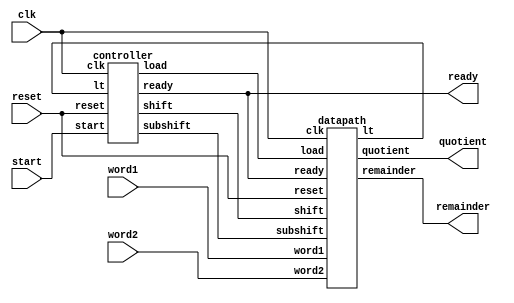
module sdiv(clk, reset, start, word1, word2, quotient, remainder, ready);
	input clk, reset, start;
	input [7:0] word1;
	input [3:0] word2;
	output [3:0] quotient, remainder;
	output ready;
	
	wire  load, shift, subshift, sub, lt;
	
	datapath u1 (clk, reset, load, shift, subshift, ready, word1, word2, quotient,
				remainder, lt); 
	controller u2 (clk, reset, start, lt, load, shift, subshift, ready);
endmodule

module datapath (clk, reset, load, shift, subshift, ready, word1, word2, quotient, 
			     remainder, lt); 
	input clk, reset, load, shift, subshift, ready;
	input [7:0] word1;
	input [3:0] word2;
	output [3:0] quotient, remainder;
	output lt;
	
	reg [7:0] dividend;		// 8-bit
	reg [3:0] divisor;		// 4-bit
	reg sign;				// different sign flag of word1 and word2
	wire [4:0] diff;		// 5-bit
	wire lt;				// less than 
	wire [4:0] edivisor;
	wire [4:0] edividend;
	wire [4:0] diff2;		// 5-bit
		
	assign edivisor = {divisor[3], divisor};	// sign extension of divisor
	assign diff = (dividend[7]^divisor[3]) ? 
					(dividend[7:3] + edivisor) : (dividend[7:3] - edivisor);
	assign lt = (dividend[7]^diff[4]) && (diff != 4'b0); // dividend[7:4] < divisor
	
	assign quotient = sign ? -dividend[3:0] : dividend[3:0];
	assign remainder =  dividend[7:4];
	
  	always @ (posedge clk or posedge reset) begin
		if (reset) begin dividend <= 0; divisor <= 0; end
    	else if (load) begin 
			dividend <= word1;	
			divisor <= word2; 
			sign <= word1[7] ^ word2[3];
		end 
		else if (shift) 	// shift left, quotient=0
			dividend <= {dividend[6:0], 1'b0};		
		else if (subshift) 	// save result & shift left, quotient=1
			dividend <= {diff[3:0], dividend[2:0], 1'b1};	
	end
endmodule

module controller (clk, reset, start, lt, load, shift, subshift, ready);
	input clk, reset, start, lt;
	output load, shift, subshift, ready;
	
	reg overflow;
	reg state;
	reg [1:0] count;
	localparam S0 = 0, S1 = 1;

	always @ (posedge clk or posedge reset) begin 	// State transitions
		if (reset) begin state <= S0; count <= 0; end
		else 
			case (state)
			 S0: if (start) begin state <= S1; count <= 3; end
			 S1: if (count==0) state <= S0;
				 else count <= count-1;
			endcase
	end
 // control output logic
	assign load = (state==S0) && start; 
	assign shift = (state==S1) && lt;
	assign subshift = (state==S1) && ~lt;
	assign ready = (state==S0) && ~reset;
endmodule